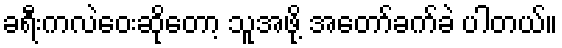
ခရီးကလဲဝေးဆိုတော့ သူအဖို့ အတော်ခက်ခဲ ပါတယ်။